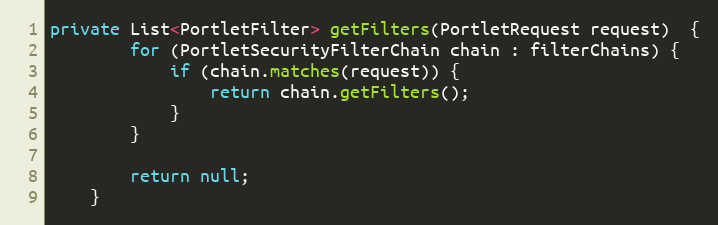
Language: Java
private List<PortletFilter> getFilters(PortletRequest request)  {
        for (PortletSecurityFilterChain chain : filterChains) {
            if (chain.matches(request)) {
                return chain.getFilters();
            }
        }

        return null;
    }